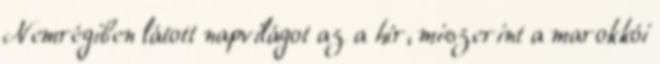
Nemrégiben látott napvilágot az a hír, miszerint a marokkói